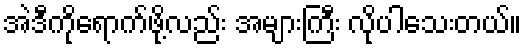
အဲဒီကိုရောက်ဖို့လည်း အများကြီး လိုပါသေးတယ်။